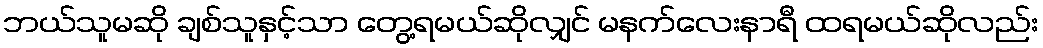
ဘယ်သူမဆို ချစ်သူနှင့်သာ တွေ့ရမယ်ဆိုလျှင် မနက်လေးနာရီ ထရမယ်ဆိုလည်း